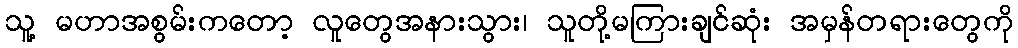
သူ့ မဟာအစွမ်းကတော့ လူတွေအနားသွား၊ သူတို့မကြားချင်ဆုံး အမှန်တရားတွေကို